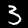
Digit: 5